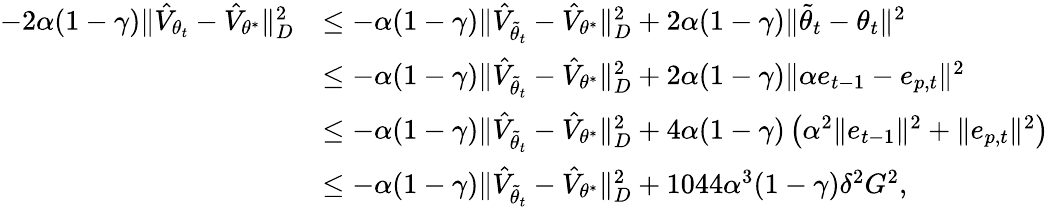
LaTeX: \begin{array}{rl}{-2\alpha(1-\gamma)\Vert\hat{V}_{{\theta}_{t}}-\hat{V}_{\theta^{*}}\Vert_{D}^{2}}&{\leq-\alpha(1-\gamma)\Vert\hat{V}_{\tilde{\theta}_{t}}-\hat{V}_{\theta^{*}}\Vert_{D}^{2}+2\alpha(1-\gamma)\Vert\tilde{\theta}_{t}-\theta_{t}\Vert^{2}}\\ &{\leq-\alpha(1-\gamma)\Vert\hat{V}_{\tilde{\theta}_{t}}-\hat{V}_{\theta^{*}}\Vert_{D}^{2}+2\alpha(1-\gamma)\Vert\alpha e_{t-1}-e_{p,t}\Vert^{2}}\\ &{\leq-\alpha(1-\gamma)\Vert\hat{V}_{\tilde{\theta}_{t}}-\hat{V}_{\theta^{*}}\Vert_{D}^{2}+4\alpha(1-\gamma)\left(\alpha^{2}\Vert e_{t-1}\Vert^{2}+\Vert e_{p,t}\Vert^{2}\right)}\\ &{\leq-\alpha(1-\gamma)\Vert\hat{V}_{\tilde{\theta}_{t}}-\hat{V}_{\theta^{*}}\Vert_{D}^{2}+1044\alpha^{3}(1-\gamma)\delta^{2}G^{2},}\end{array}